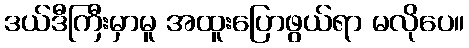
ဒယ်ဒီကြီးမှာမူ အထူးပြောဖွယ်ရာ မလိုပေ။